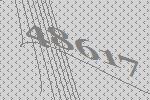
48617